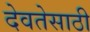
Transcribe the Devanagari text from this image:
देवतेसाठी